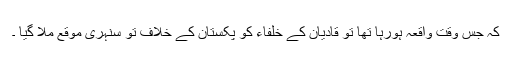
کہ جس وقت واقعہ ہورہا تھا تو قادیان کے خلفاء کو پکستان کے خلاف تو سنہری موقع ملا گیا ۔